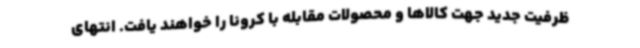
ظرفیت جدید جهت کالاها و محصولات مقابله با کرونا را خواهند یافت. انتهای